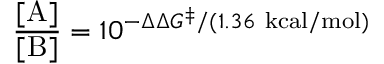
{ \frac { [ \mathrm { A } ] } { [ \mathrm { B } ] } } = 1 0 ^ { - \Delta \Delta G ^ { \ddagger } / ( 1 . 3 6 \ \mathrm { k c a l / m o l } ) }